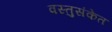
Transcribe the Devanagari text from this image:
वस्तुसंकेत